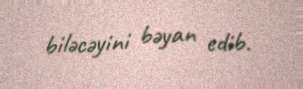
biləcəyini bəyan edib.